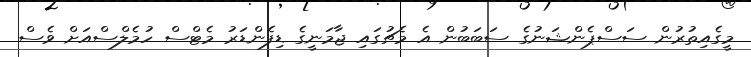
މީގެއިތުރުން ސަސްޕެންޝަނުގެ ސަބަބުން އެ މެޗުގައި ޖާމަނީގެ ޑިފެންޑަރު މެޓްސް ހުމެލްސްއަށް ވެސް